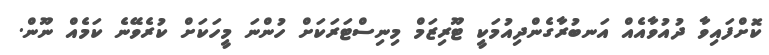
ކޮށްފައިވާ ދުއުވާއެއް އަނބުރާގެންދިއުމަކީ ޓޫރިޒަމް މިނިސްޓަރަކަށް ހުންނަ މީހަކަށް ކުރެވޭނެ ކަމެއް ނޫން.